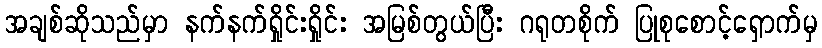
အချစ်ဆိုသည်မှာ နက်နက်ရှိုင်းရှိုင်း အမြစ်တွယ်ပြီး ဂရုတစိုက် ပြုစုစောင့်ရှောက်မှ